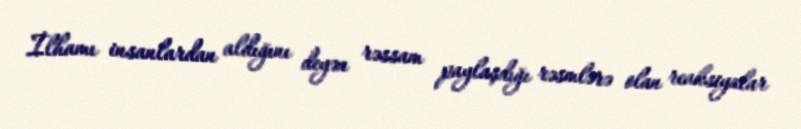
İlhamı insanlardan aldığını deyən rəssam paylaşdığı rəsmlərə olan reaksiyalar